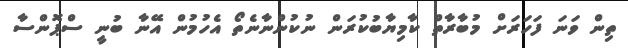
ތިން ވަނަ ފަހަރަށް މުބާރާތް ކާމިޔާބުކުރަން ނުކުންނާނެތޯ އެހުމުން އޭނާ ބުނީ ސްޕޮންސާ